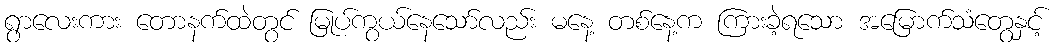
ရွာလေးကား တောနက်ထဲတွင် မြုပ်ကွယ်နေသော်လည်း မနေ့ တစ်နေ့က ကြားခဲ့ရသော အမြောက်သံတွေနှင့်